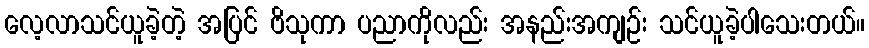
လေ့လာသင်ယူခဲ့တဲ့ အပြင် ဗိသုကာ ပညာကိုလည်း အနည်းအကျဉ်း သင်ယူခဲ့ပါသေးတယ်။